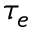
\tau _ { e }